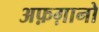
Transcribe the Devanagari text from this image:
अफ़ग़ानो